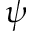
\psi